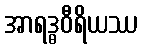
အာရဒ္ဓဝီရိယဿ